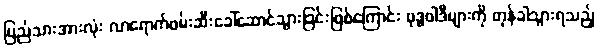
ပြည်သားအားလုံး လာရောက်ဖမ်းဆီးခေါ်ဆောင်သွားခြင်းဖြစ်ကြောင်း ဗုဒ္ဓဝါဒီများကို တုန်ခါသွားရသည့်